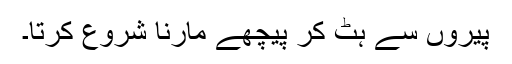
پیروں سے ہٹ کر پیچھے مارنا شروع کرتا۔